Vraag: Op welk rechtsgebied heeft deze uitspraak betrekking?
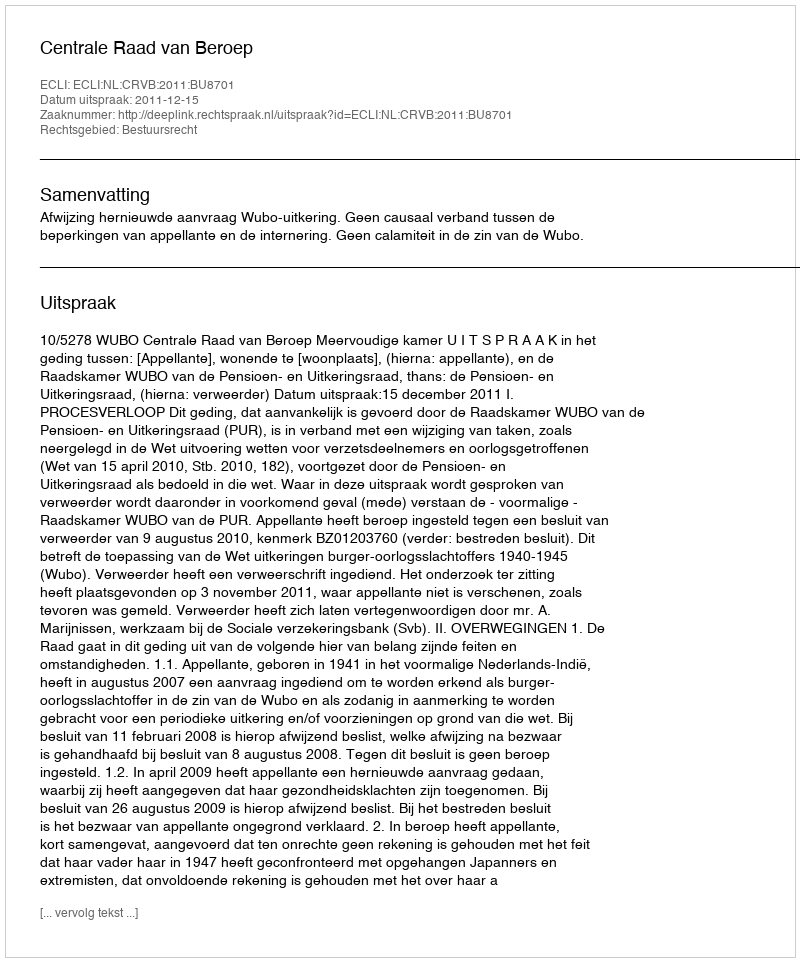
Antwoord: Bestuursrecht